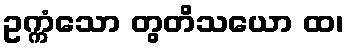
ဥက္ကံသော တွတိသယော ထ၊